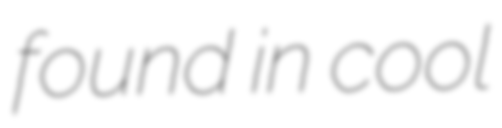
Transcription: found in cool